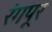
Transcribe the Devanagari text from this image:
रंगपूर